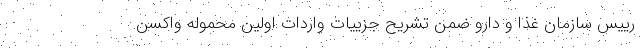
رییس سازمان غذا و دارو ضمن تشریح جزییات واردات اولین محموله واکسن